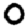
Digit: 0